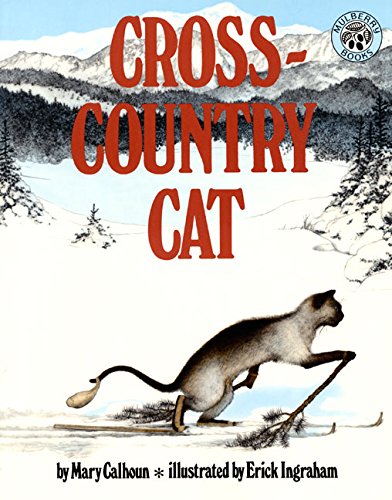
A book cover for Cross-Country Cat; Mary Calhoun; Children's Books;